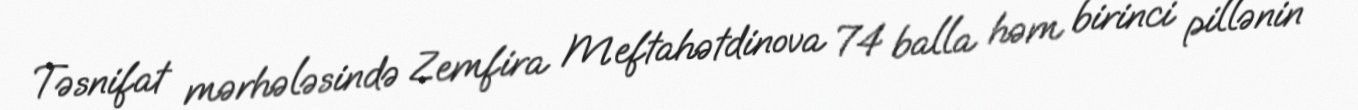
Təsnifat mərhələsində Zemfira Meftahətdinova 74 balla həm birinci pillənin